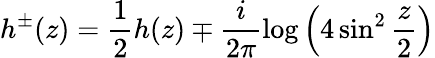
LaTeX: h^{\pm}(z)=\frac{1}{2}h(z)\mp\frac{i}{2\pi}\log\left(4\sin^{2}\frac{z}{2}\right)